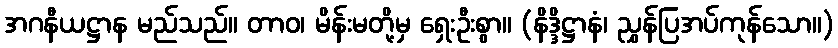
အဂနီယဋ္ဌာန မည်သည်။ တာဝ၊ မိန်းမတို့မှ ရှေးဦးစွာ။ (နိဒ္ဒိဋ္ဌာနံ၊ ညွှန်ပြအပ်ကုန်သော။)